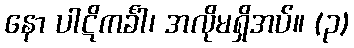
နော ပါဋိကင်္ခါ၊ အလိုမရှိအပ်။ (၃)